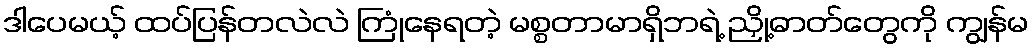
ဒါပေမယ့် ထပ်ပြန်တလဲလဲ ကြုံနေရတဲ့ မစ္စတာမာရှိဘရဲ့ ညှို့ဓာတ်တွေကို ကျွန်မ